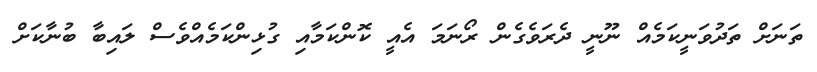
ތަނަށް ތަދުވަނީކަމެއް ނޫނީ ދެރަވެގެން ރޯނަމަ އެއީ ކޮންކަމާއި ގުޅިންކަމެއްވެސް ލައިބާ ބުނާކަށް